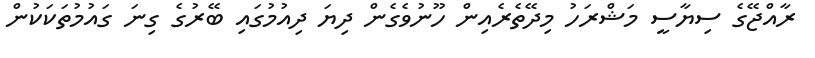
ރާއްޖޭގެ ސިޔާސީ މަޝްރަހު މިދޭތެރެއިން ހޫނުވެގެން ދިޔަ ދިއުމުގައި ބޭރުގެ ގިނަ ގައުމުތަކަކުން